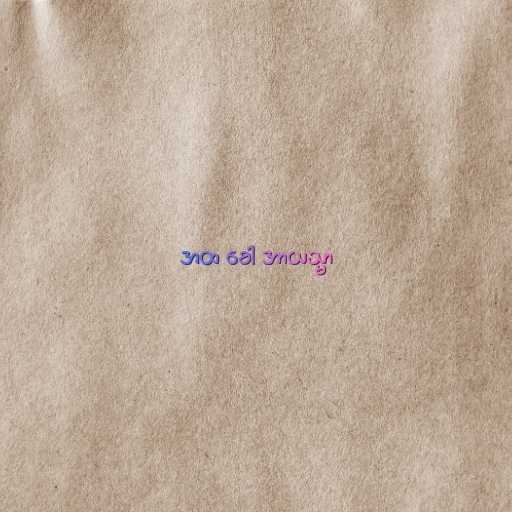
အထ ခေါ အာယသ္မာ